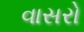
વાસરો